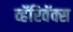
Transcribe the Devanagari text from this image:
व्हॅरिवॅक्स